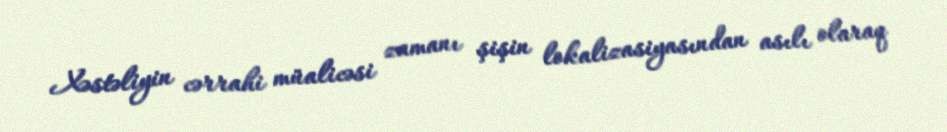
Xəstəliyin cərrahi müalicəsi zamanı şişin lokalizasiyasından asılı olaraq